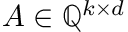
A \in \mathbb { Q } ^ { k \times d }